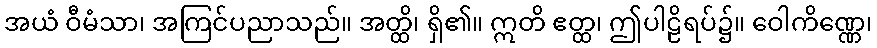
အယံ ဝီမံသာ၊ အကြင်ပညာသည်။ အတ္ထိ၊ ရှိ၏။ ဣတိ ဧတ္ထ၊ ဤပါဠိရပ်၌။ ဝေါကိဏ္ဏေ၊